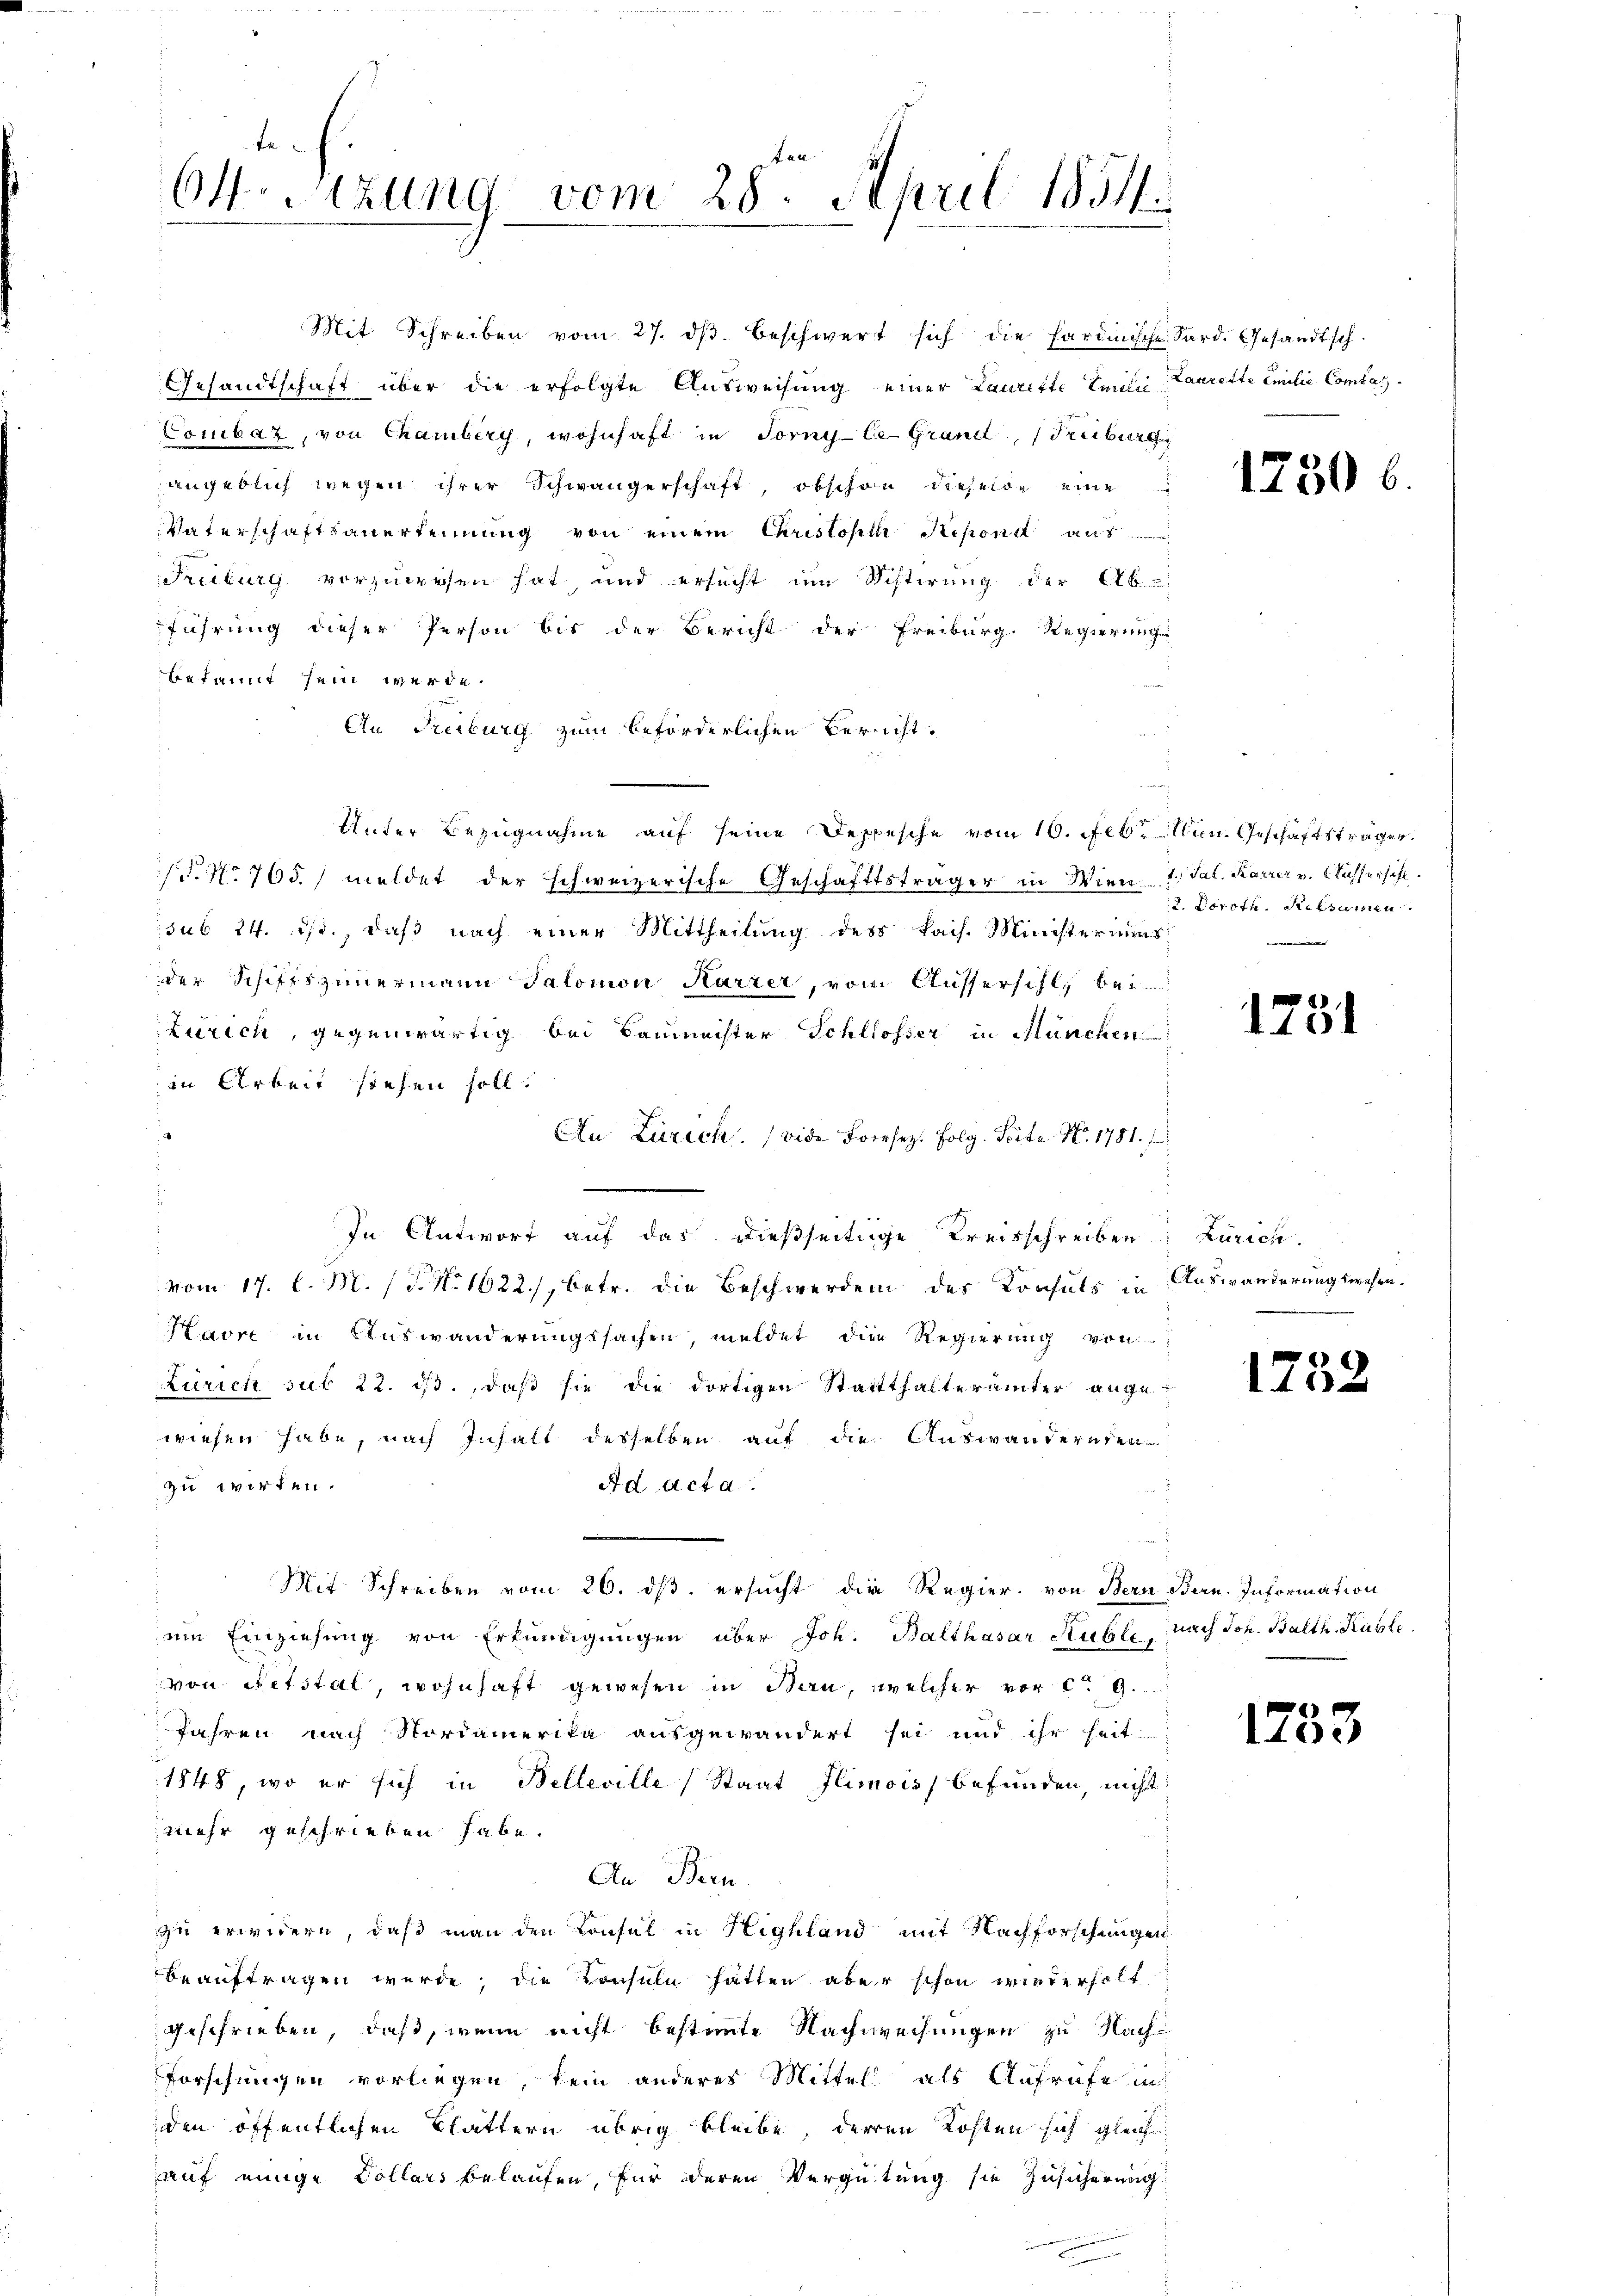
te
64.Stzung vom 28. April 1851

Mit Schreiben vom 27. dβ beschwert sich die Sardinische Sard. Gesandtsch.
Gesandtschaft über die erfolgte Ausweisung einer Lauritte Emilie Laurette Emilie Comtes
Combar, von Chamberg, wohnhaft in Torny-Ce-Grand, Freiburg
angeblich wegen ihrer Schwängerschaft, obschon dieselbe eine
Vaterschaftsanerkennung von einem Christolli Kesend aus
Freiburg vorzuweisen hat, und ersucht im Sistirung der Ab
führung dieser Person bis der Bericht der Freiburg. Regierung
bekannt sein werde.
An Freiburg zum beförderlichen Bericht.
Unter Bezugnahme auf seine Depesche vom 10. Feb. Min. Geschäftsträger
P. Nr. 765. meldet der schweizerische Geschäftsträger in Wien 1. Tal. Karrer v. Aussersihl
sub 24. ds., daß nach einer Mittheilung des kais. Ministeraums
der Schiffszimmermann Salomon Karrer, vom Aussersihl bei
Zürich, gegenwärtig bei Baumeister Schlosser in München
in Arbeit stehen soll.
An Zürich. (vide Forsez. folg. Seite N. 1781.
In Antwort auf das dießseitige Kreisschreiben: Zürich.
 vom 17. d. M. (T. N. 1622), betr. die Beschwerden des Konsuls in
Havre in Auswanderungssachen, meldet die Regierung von
Zürich sub 22. ist, daß sie die dortigen Statthalterämter angewiesen habe, nach Inhalt desselben auf die Auswandernden
zu wirken.
Ad Act a
Mit Schreiben vom 26. ds. ersucht die Regier, von Bern Bern. Information
.
ein Einziehung von Erkundigungen über Joh. Balthasar Ruble nach Joh. Balth. Kuste
von Netstal, wohnhaft gewesen in Bau, welcher vor c. 9.
Jahren nach Nordamerika ausgewändert sei und ihr heit
1848, wo er sich in Belleville (Staat Ilimois, befunden, nicht
mehr geschrieben habe.
An Bern
zu erwidern, daß man den Konsul in Highland mit Nachforschungen
beauftragen wurde, die Konsuln hatten aber schon wiederholt
geschrieben, daß, wenn nicht bestimmte Nachweisungen zu Nach-
Forschungen vorliegen, kein anderes Mittel als Aufrufe in
den öffentlichen Blättern übrig bleibe, deren Kosten sich gleich
auf einige Collars belaufen, für deren Vergütung sie Zusicherung

1730 b

2. Doroth. Rebsamen.
e

1731

Auswanderungswesen.
.

1752

1733